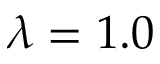
\lambda = 1 . 0